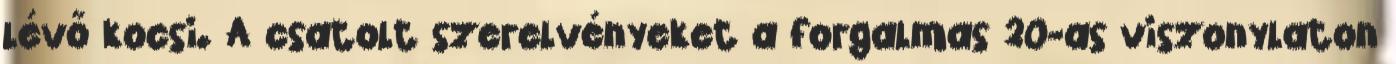
lévő kocsi. A csatolt szerelvényeket a forgalmas 20-as viszonylaton